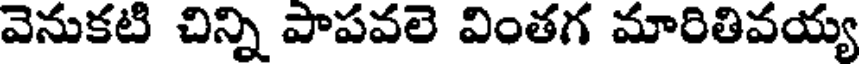
వెనుకటి చిన్ని పాపవలె వింతగ మారితివయ్య